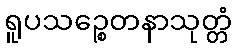
ရူပသဉ္စေတနာသုတ္တံ